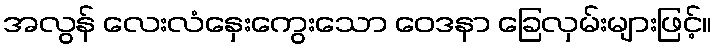
အလွန် လေးလံနှေးကွေးသော ဝေဒနာ ခြေလှမ်းများဖြင့်။